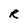
Character: R